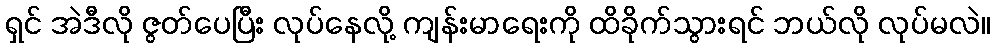
ရှင် အဲဒီလို ဇွတ်ပေပြီး လုပ်နေလို့ ကျန်းမာရေးကို ထိခိုက်သွားရင် ဘယ်လို လုပ်မလဲ။